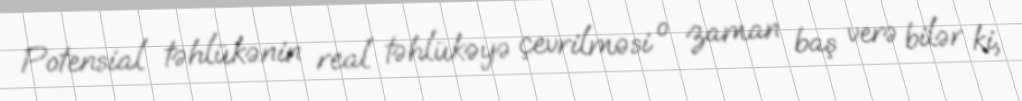
Potensial təhlükənin real təhlükəyə çevrilməsi o zaman baş verə bilər ki,